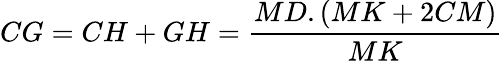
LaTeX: CG=CH+GH={\frac{MD.(MK+2CM)}{MK}}